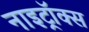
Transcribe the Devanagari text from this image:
नाइट्रॉक्स